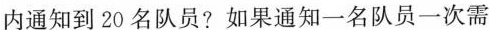
内通知到20名队员?如果通知一名队员一次需